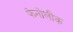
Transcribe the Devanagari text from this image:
फेनोलीक